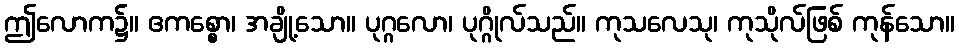
ဤလောက၌။ ဧကစ္စော၊ အချို့သော။ ပုဂ္ဂလော၊ ပုဂ္ဂိုလ်သည်။ ကုသလေသု၊ ကုသိုလ်ဖြစ် ကုန်သော။